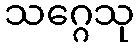
သဂ္ဂေသု